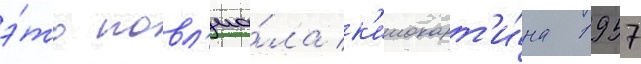
э́то повл'иа́ла к'инокарт'и́на 1957